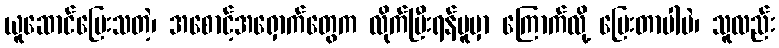
ယူဆောင်ပြေးသတဲ့၊ အစောင့်အရှောက်တွေက လိုက်ပြီးရန်မူမှာ ကြောက်လို့ ပြေးတာပါပဲ၊ သူလည်း